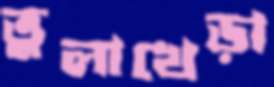
তুলাখেড়া